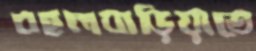
বহলবাড়িয়াতে